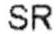
SR